[Report on the health of British troops in the Madras command]
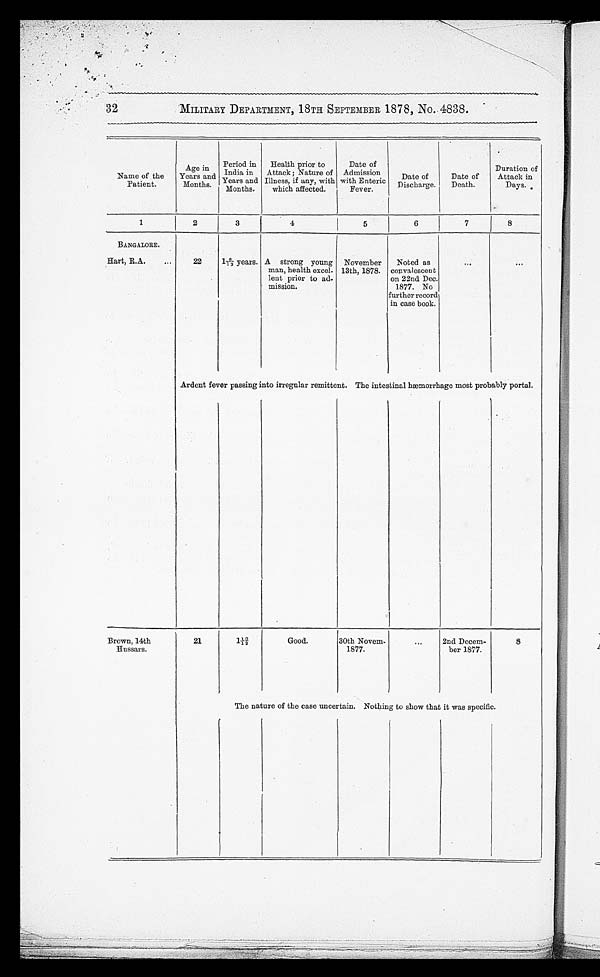
32
MILITARY DEPARTMENT, 18TH SEPTEMBER 1878, No. 4838.
Name of the
Patient.
Age in
Years and
Months.
Period in
India in
Years and
Months.
Health prior to
Attack; Nature of
Illness, if any, with
which affected.
Date of
Admission
with Enteric
Fever.
Date of
Discharge.
Date of
Death.
Duration of
Attack in
Days.
1
2
3
4
5
6
7
8
BANGALORE.
Hart, R.A.
22
18/12 years. A strong young
man, health excel
-lent prior to ad
- m i s s i o n .
November
13th, 1878.
Noted as
convalescent
on 22nd Dec.
1877. No
further record
in case book.
A r d e n t f e v e r p a s s i n g i n t o i r r e g u l a r r e m i t t e n t . T h e i n t e s t i n a l h æ m o r r h a g e m o s t p r o b a b l y p o r t a l .
Brown, 14th
Hussars.
21
110/12
Good.
30th Novem
- 1877.
2nd Decem
-ber 1877.
8
The nature of the case uncertain. Nothing to show that it was specific.